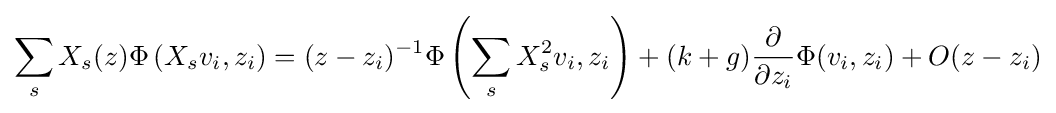
\sum _{s}X_{s}(z)\Phi \left(X_{s}v_{i},z_{i}\right)=(z-z_{i})^{-1}\Phi \left(\sum _{s}X_{s}^{2}v_{i},z_{i}\right)+(k+g){\partial  \over \partial z_{i}}\Phi (v_{i},z_{i})+O(z-z_{i})